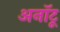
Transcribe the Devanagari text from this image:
अनॉटू